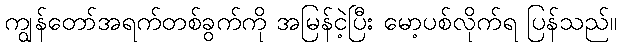
ကျွန်တော်အရက်တစ်ခွက်ကို အမြန်ငဲ့ပြီး မော့ပစ်လိုက်ရ ပြန်သည်။